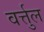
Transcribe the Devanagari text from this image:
वर्त्तुल